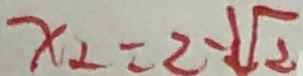
x _ { 2 } = 2 - \sqrt { 2 }